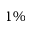
1 \%